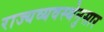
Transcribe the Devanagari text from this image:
राज्यव्यवस्थेनुसार